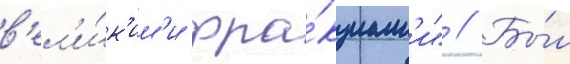
в'ел'и́к'им'и фра́кциам'и" // Бы́л